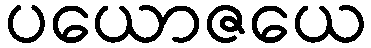
ပယောဇယေ